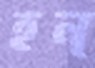
হন্